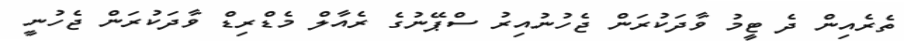
ތެރެއިން ދެ ޓީމު ވާދަކުރަން ޖެހުނުއިރު ސްޕޭނުގެ ރެއާލް މެޑްރިޑް ވާދަކުރަން ޖެހުނީ